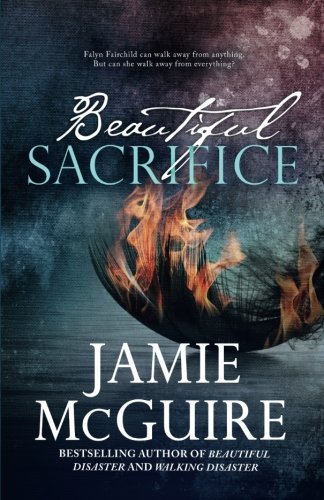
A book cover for Beautiful Sacrifice: A Novel (Maddox Brothers) (Volume 3); Jamie McGuire; Romance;